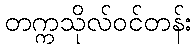
တက္ကသိုလ်ဝင်တန်း